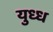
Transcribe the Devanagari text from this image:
युध्ध